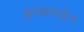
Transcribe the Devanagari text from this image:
कुइंब्रामधील